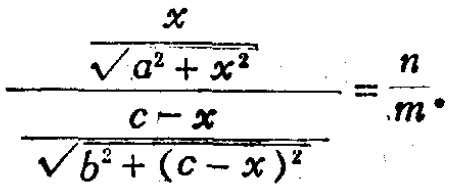
\[\frac{\frac{x}{\sqrt{a^{2}+x^{2}}}}{\frac{c - x}{\sqrt{b^{2}+(c - x)^{2}}}}=\frac{n}{m}.\]